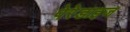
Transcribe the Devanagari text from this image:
पेरेडाइज